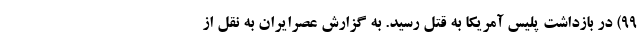
99) در بازداشت پلیس آمریکا به قتل رسید. به گزارش عصرایران به نقل از